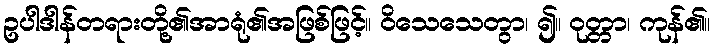
ဥပါဒါန်တရားတို့၏အာရုံ၏အဖြစ်ဖြင့်။ ဝိသေသေတွာ၊ ၍။ ဝုတ္တာ၊ ကုန်၏။